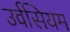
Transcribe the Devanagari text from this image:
उर्वसियम